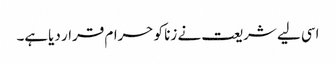
اسی لیے شریعت نے زنا کو حرام قرار دیاہے۔